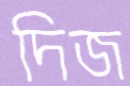
দিজ